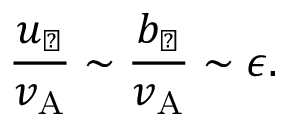
\frac { u _ { \perp } } { v _ { \mathrm { A } } } \sim \frac { b _ { \perp } } { v _ { \mathrm { A } } } \sim \epsilon .